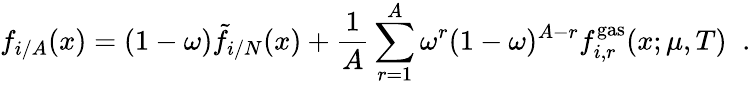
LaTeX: f_{i/A}(x)=(1-\omega){\tilde{f}}_{i/N}(x)+{\frac{1}{A}}\sum_{r=1}^{A}\omega^{r}(1-\omega)^{A-r}f_{i,r}^{\mathrm{gas}}(x;\mu,T)\; \; .